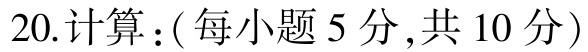
20.计算：( 每小题 5 分 ,共 10 分 )